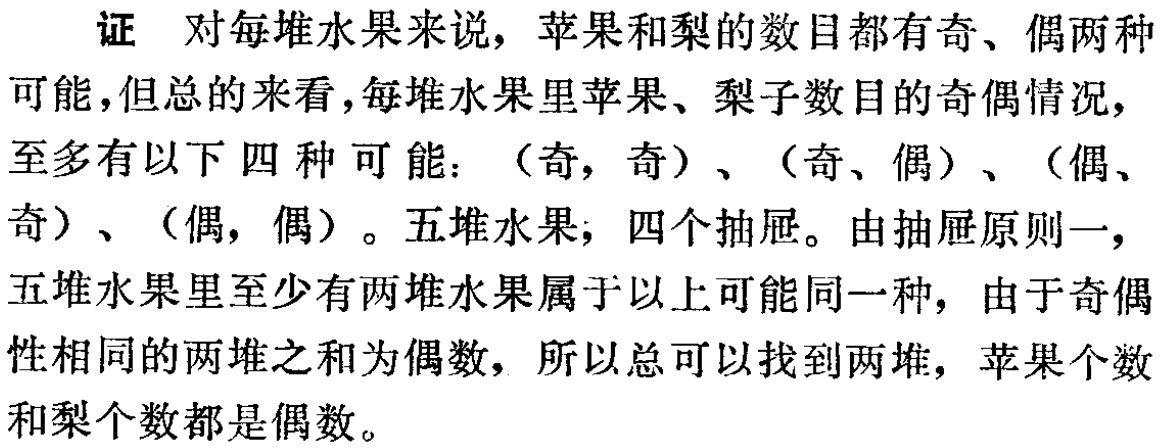
证 对每堆水果来说，苹果和梨的数目都有奇、偶两种可能，但总的来看，每堆水果里苹果、梨子数目的奇偶情况，至多有以下四种可能：（奇，奇）、（奇、偶）、（偶、奇）、（偶，偶）。五堆水果，四个抽屉。由抽屉原则一，五堆水果里至少有两堆水果属于以上可能同一种，由于奇偶性相同的两堆之和为偶数，所以总可以找到两堆，苹果个数和梨个数都是偶数。